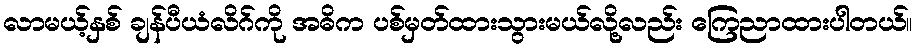
လာမယ့်နှစ် ချန်ပီယံလိဂ်ကို အဓိက ပစ်မှတ်ထားသွားမယ်လို့လည်း ကြေညာထားပါတယ်။